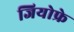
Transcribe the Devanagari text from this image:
जियोफ्रे